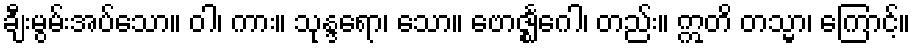
ချီးမွမ်းအပ်သော။ ဝါ၊ ကား။ သုန္ဒရော၊ သော။ ဗောဇ္ဈင်္ဂေါ၊ တည်း။ ဣတိ တသ္မာ၊ ကြောင့်။